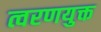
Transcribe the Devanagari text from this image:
त्वरणयुक्त